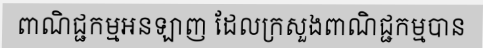
ពាណិជ្ជកម្មអនឡាញ ដែលក្រសួងពាណិជ្ជកម្មបាន